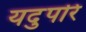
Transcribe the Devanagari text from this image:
यदुपरि